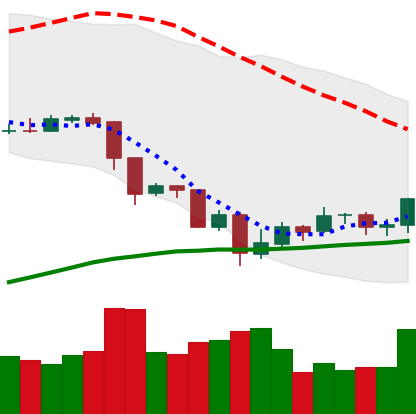
Ticker: EOS-USD
Chart end date: 2019-07-24
Forward return: -8.289%
Label: down_7plus